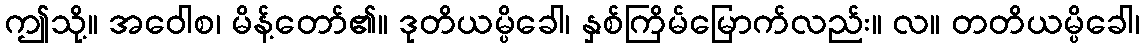
ဤသို့။ အဝေါစ၊ မိန့်တော်၏။ ဒုတိယမ္ပိခေါ၊ နှစ်ကြိမ်မြောက်လည်း။ လ။ တတိယမ္ပိခေါ၊